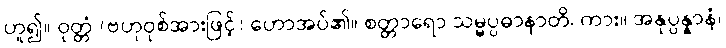
ဟူ၍။ ဝုတ္တံ (ဗဟုဝုစ်အားဖြင့်) ဟောအပ်၏။ စတ္တာရော သမ္မပ္ပဓာနာတိ၊ ကား။ အနုပ္ပန္နာနံ၊